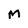
Character: M